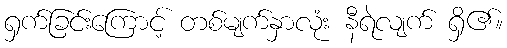
ရှက်ခြင်းကြောင့် တစ်မျက်နှာလုံး နီရဲလျက် ရှိ၏။